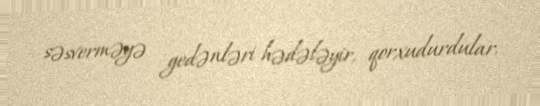
səsverməyə gedənləri hədələyir, qorxudurdular.